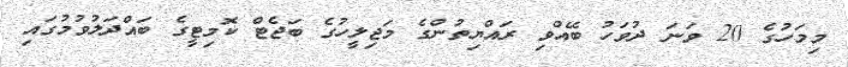
މިމަހުގެ 20 ވަނަ ދުވަހު ބޭއްވި ރައްޔިތުންގެ މަޖިލީހުގެ ބަޖެޓް ކޮމިޓީގެ ބައްދަލުވުމުގައި